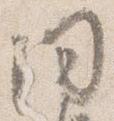
問